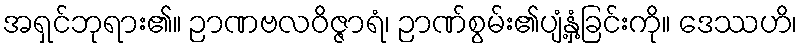
အရှင်ဘုရား၏။ ဉာဏဗလဝိဇ္ဇာရံ၊ ဉာဏ်စွမ်း၏ပျံ့နှံ့ခြင်းကို။ ဒေဿဟိ၊